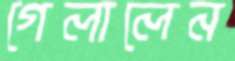
গেলালেন